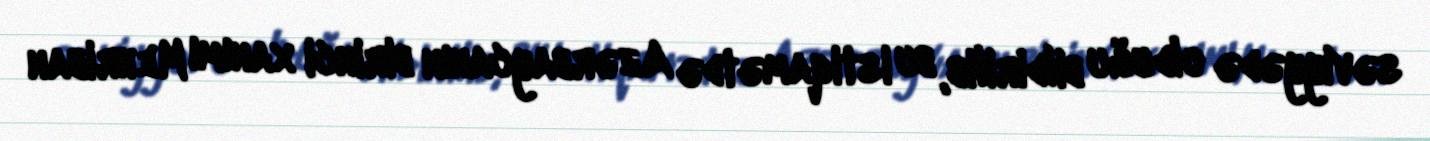
səviyyədə olduğu bildirilib, bu istiqamətdə Azərbaycanın birinci xanımı Mehriban